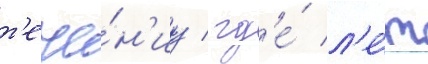
т'ече́н'иу / гд'е́ л'е́т